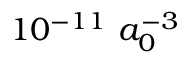
1 0 ^ { - 1 1 } \ a _ { 0 } ^ { - 3 }